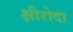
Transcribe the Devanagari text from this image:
क्षीरोदा